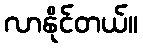
လာနိုင်တယ်။